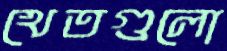
খেতগুলো